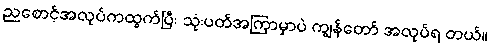
ညစောင့်အလုပ်ကထွက်ပြီး သုံးပတ်အကြာမှာပဲ ကျွန်တော် အလုပ်ရ တယ်။